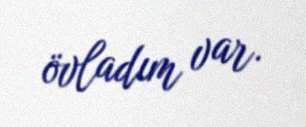
övladım var.